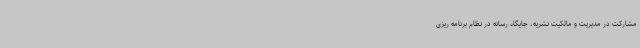
مشارکت در مدیریت و مالکیت نشریه، جایگاه رسانه در نظام برنامه ریزی